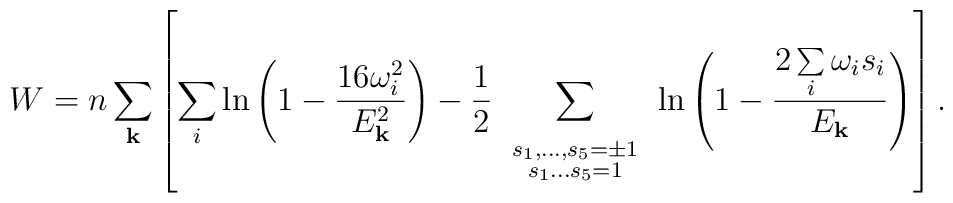
W=n\sum_{\bf k}\left[\sum_{i} \ln\left(1-\frac{16\omega^2 _i}{E_{\bf k}^2}\right) -\frac{1}{2}\sum_{ \begin{array}{c} \scriptstyle s_1,\ldots,s_5=\pm 1\\[-2.5mm] \scriptstyle s_1\ldots s_5=1 \end{array} }\ln\left(1-\frac{2\sum\limits_{i}\omega _is_i}{E_{\bf k}}\right)\right].